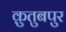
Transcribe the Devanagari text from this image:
क़ुतुबपुर